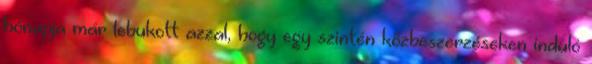
hónapja már lebukott azzal, hogy egy szintén közbeszerzéseken induló